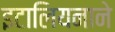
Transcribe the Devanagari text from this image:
इटालियनाने